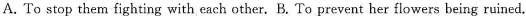
A. To stop them fighting with each other, B. To prevent her flowers being ruined,